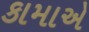
કામાએ